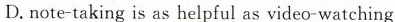
D.note-taking is as helpful as video-watching